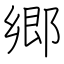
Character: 郷